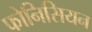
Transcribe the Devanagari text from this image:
फोनिसियन